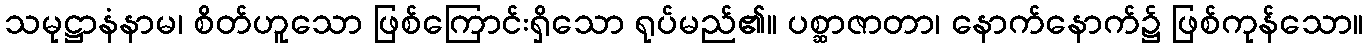
သမုဋ္ဌာနံနာမ၊ စိတ်ဟူသော ဖြစ်ကြောင်းရှိသော ရုပ်မည်၏။ ပစ္ဆာဇာတာ၊ နောက်နောက်၌ ဖြစ်ကုန်သော။